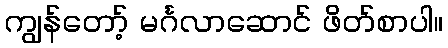
ကျွန်တော့် မင်္ဂလာဆောင် ဖိတ်စာပါ။